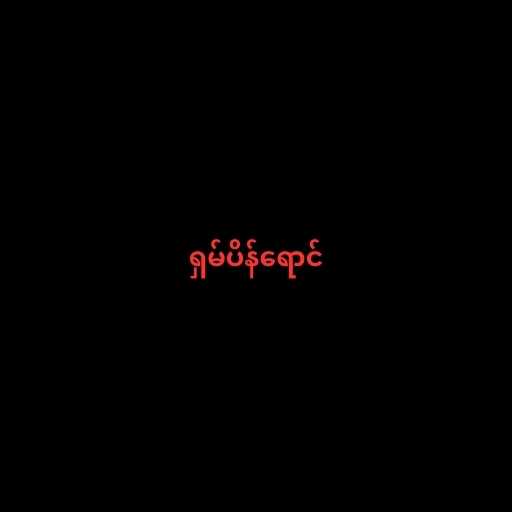
ရှမ်ပိန်ရောင်